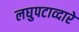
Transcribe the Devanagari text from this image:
लघुपटाव्दारे